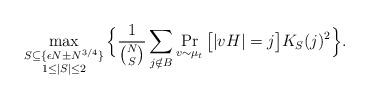
LaTeX: \begin{align*} &\mathop{\max}_{\substack{S\subseteq \{\epsilon N\pm N^{3/4}\} \\ 1\leq|S|\leq 2}} \Big\{ \frac{1}{\binom{N}{S}}\sum_{j\notin B} \Pr_{v\sim\mu_{t}}\big[|v H|=j\big] K_S(j)^2 \Big\}.\end{align*}